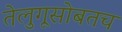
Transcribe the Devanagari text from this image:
तेलुगूसोबतच